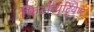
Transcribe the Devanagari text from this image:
फिटोन्युट्रियेण्ट